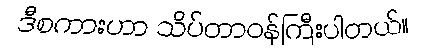
ဒီစကားဟာ သိပ်တာဝန်ကြီးပါတယ်။